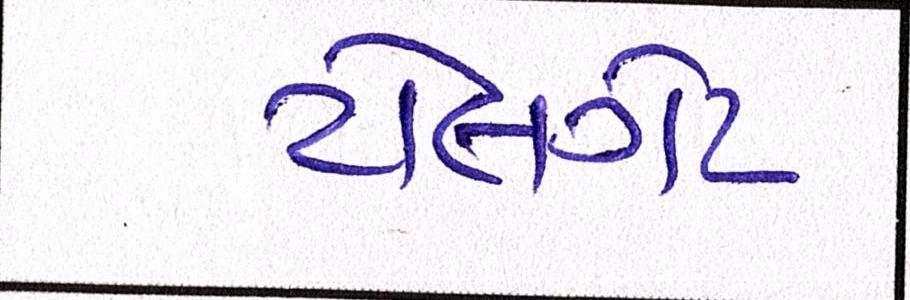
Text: ટોલગેટ